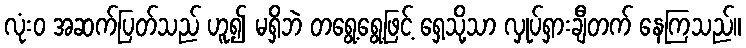
လုံးဝ အဆက်ပြတ်သည် ဟူ၍ မရှိဘဲ တရွေ့ရွေ့ဖြင့် ရှေ့သို့သာ လှုပ်ရှားချီတက် နေကြသည်။